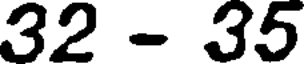
32 - 35